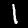
Label: 1